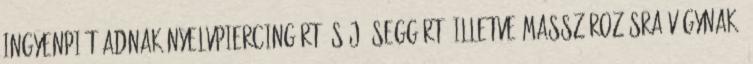
ingyenpiát adnak nyelvpiercingért és jó seggért, illetve masszírozásra vágynak,